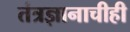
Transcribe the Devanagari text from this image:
तंत्रज्ञानाचीही